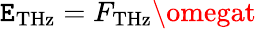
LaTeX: \mathtt{E}_{\mathrm{{{THz}}}}=F_{\mathrm{{{THz}}}}\omegat